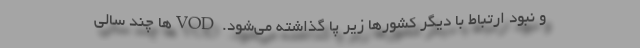
و نبود ارتباط با دیگر کشورها زیر پا گذاشته می‌شود. VODها چند سالی